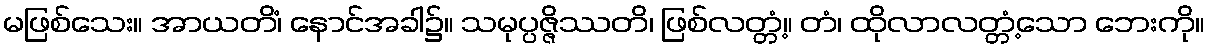
မဖြစ်သေး။ အာယတိံ၊ နောင်အခါ၌။ သမုပ္ပဇ္ဇိဿတိ၊ ဖြစ်လတ္တံ့။ တံ၊ ထိုလာလတ္တံ့သော ဘေးကို။